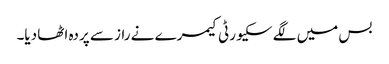
بس میں لگے سکیورٹی کیمرے نے راز سے پردہ اٹھا دیا۔